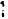
1